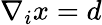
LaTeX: \nabla_{i}x=d